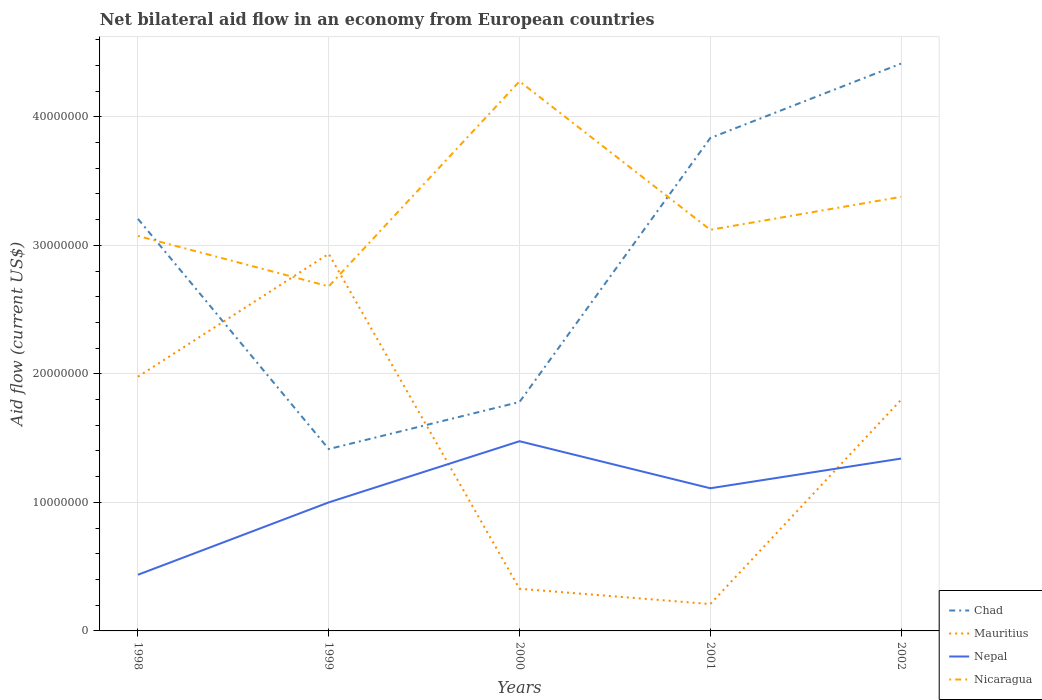
| Years | Chad | Mauritius | Nepal | Nicaragua |
 | --- | --- | --- | --- | --- |
 | 1998 | 3.21e+07 | 1.98e+07 | 4.37e+06 | 3.07e+07 |
 | 1999 | 1.42e+07 | 2.93e+07 | 1e+07 | 2.68e+07 |
 | 2000 | 1.78e+07 | 3.28e+06 | 1.48e+07 | 4.28e+07 |
 | 2001 | 3.84e+07 | 2.09e+06 | 1.11e+07 | 3.12e+07 |
 | 2002 | 4.41e+07 | 1.8e+07 | 1.34e+07 | 3.38e+07 |